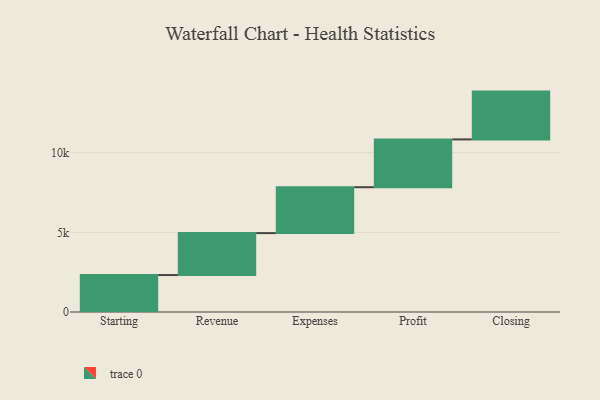
{"axis": {"x": "Step", "y": "Value"}, "legend": [""], "data": [{"x": "Starting", "y": 2318.0, "type": ""}, {"x": "Revenue", "y": 2632.0, "type": ""}, {"x": "Expenses", "y": 2880.0, "type": ""}, {"x": "Profit", "y": 3000, "type": ""}, {"x": "Closing", "y": 3000, "type": ""}]}